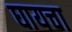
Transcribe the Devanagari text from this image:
घायचा